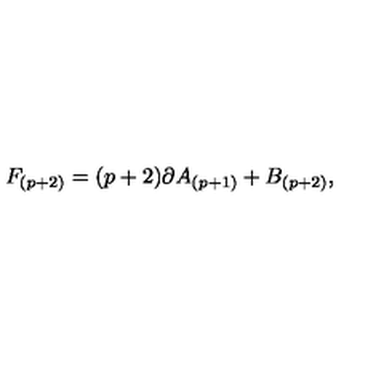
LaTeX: F _ { ( p + 2 ) } = ( p + 2 ) \partial A _ { ( p + 1 ) } + B _ { ( p + 2 ) } ,